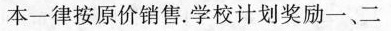
本一律按原价销售。学校计划奖励一、二